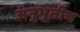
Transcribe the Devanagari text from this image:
अनुभूतीच